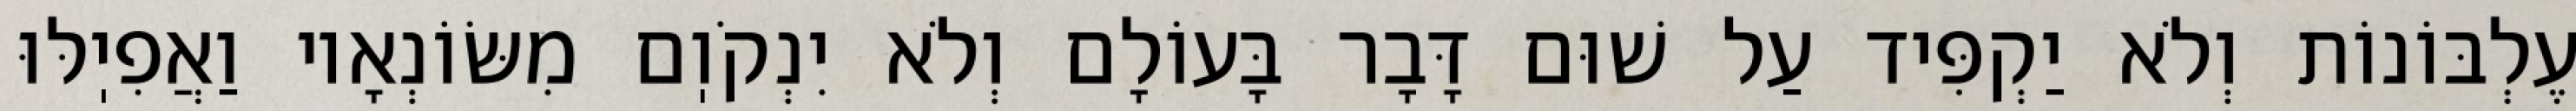
עֶלְבּוֹנוֹת וְלֹא יַקְפִּיד עַל שׁוּם דָּבָר בָּעוֹלָם וְלֹא יִנְקֹוֽם מִשּׂוֹנְאָיו וַאֲפִיֽלּוּ